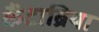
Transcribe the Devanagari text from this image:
कैंटाब्रिया